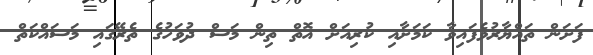
ފަށަން ތައްޔާރުވެފައިވާ ކަމަށާއި ކުރިއަށް އޮތް ތިން މަސް ދުވަހުގެ ތެރޭގައި މަސައްކަތް